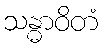
သန္ဓာဝိတံ